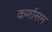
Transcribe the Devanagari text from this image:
कर्णासम